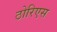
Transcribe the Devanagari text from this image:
ठोरिएस